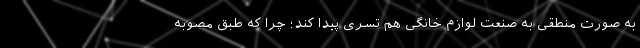
به صورت منطقی به صنعت لوازم خانگی هم تسری پیدا کند؛ چرا که طبق مصوبه